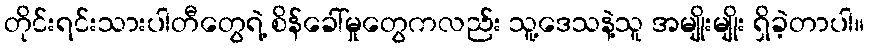
တိုင်းရင်းသားပါတီတွေရဲ့ စိန်ခေါ်မှုတွေကလည်း သူ့ဒေသနဲ့သူ အမျိုးမျိုး ရှိခဲ့တာပါ။